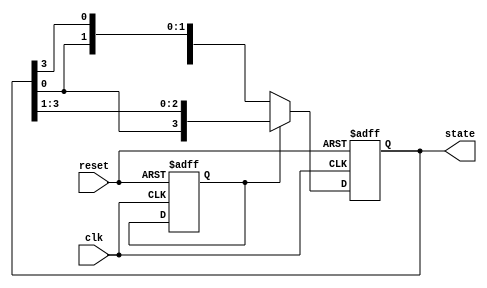
module johnson_counter(
    input wire clk,
    input wire reset,
    output reg [3:0] state
);

// State definitions
parameter INITIAL_STATE = 4'b0001;
parameter LEFT = 1'b0;
parameter RIGHT = 1'b1;

reg [3:0] next_state;
reg direction;

// Johnson counter logic
always @(posedge clk or posedge reset) begin
    if (reset) begin
        state <= INITIAL_STATE;
        direction <= LEFT;
    end else begin
        if (direction == LEFT) begin
            next_state = {state[2:0], state[3]};
        end else begin
            next_state = {state[0], state[3:1]};
        end
        
        state <= next_state;
    end
end

endmodule